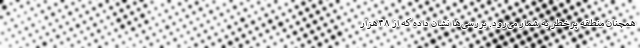
همچنان منطقه پرخطر به شمار می‌رود. بررسی‌ها نشان داده که از ۴۸هزار